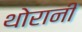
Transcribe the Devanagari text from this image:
थोरानी